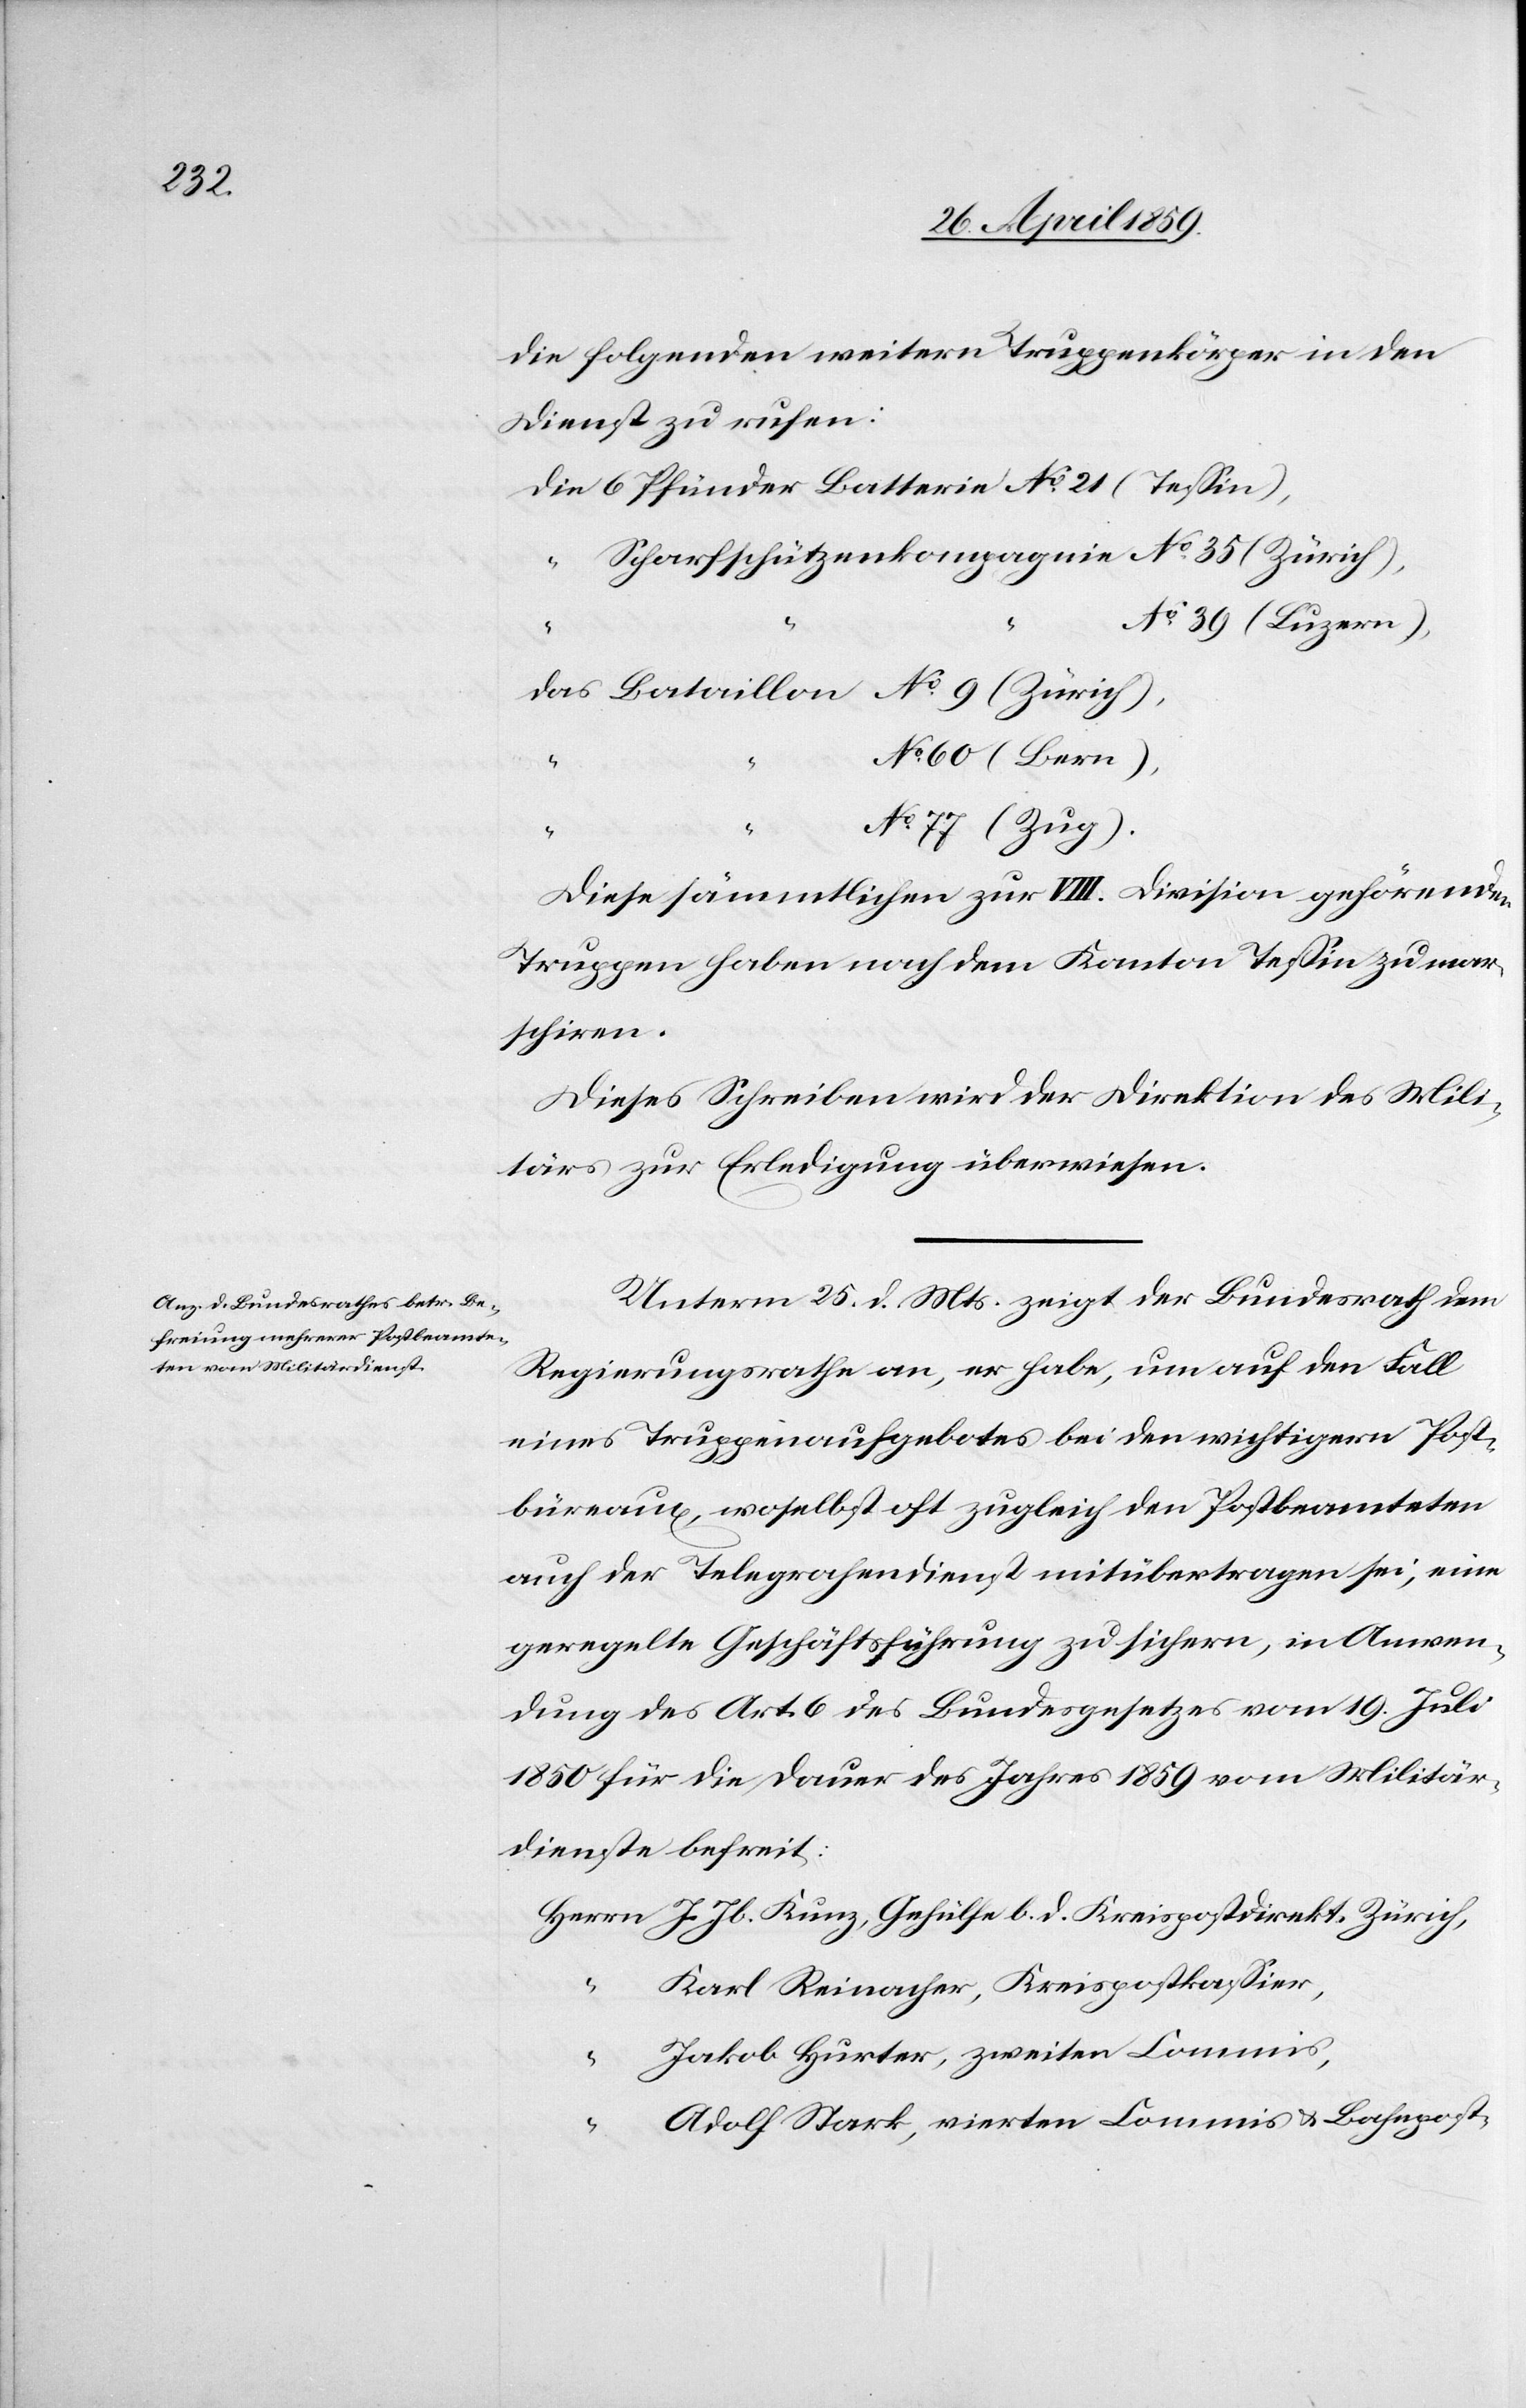
27. April 1859.]
die folgenden weitern Truppenkörper in den
Dienst zu rufen:
die 6 Pfünder Batterie No 21 (Teßin),
“ Scharfschützenkompagnie No 35 (Zürich),
No 39 (Luzern),
das Bataillon No 9 (Zürich),
No 60 (Bern),
“
No 77 (Zug).
Diese sämmtlichen zur VIII. Division gehörenden
Truppen haben nach dem Kanton Teßin zu mar¬
schiren.
Dieses Schreiben wird der Direktion des Mili¬
tärs zur Erledigung überwiesen.
Unterm 25. d. Mts. zeigt der Bundesrath dem
Regierungsrathe an, er habe, um auf den Fall
eines Truppenaufgebotes bei den wichtigern Post¬
büreaux, woselbst oft zugleich den Postbeamteten
auch der Telegra[p]hendienst mitübertragen sei, eine
geregelte Geschäftsführung zu sichern, in Anwen¬
dung des Art. 6 des Bundesgesetzes vom 19. Juli
1850 für die Dauer des Jahres 1859 vom Militär¬
dienste befreit:
Herrn J. Jb. Kunz, Gehülfe b. d. Kreispostdirekt. Zürich,
“
Karl Reinacher, Kreispostkaßier,
Jakob Hurter, zweiten Commis,
Adolf Stark, vierten Commis & Bahnpost-